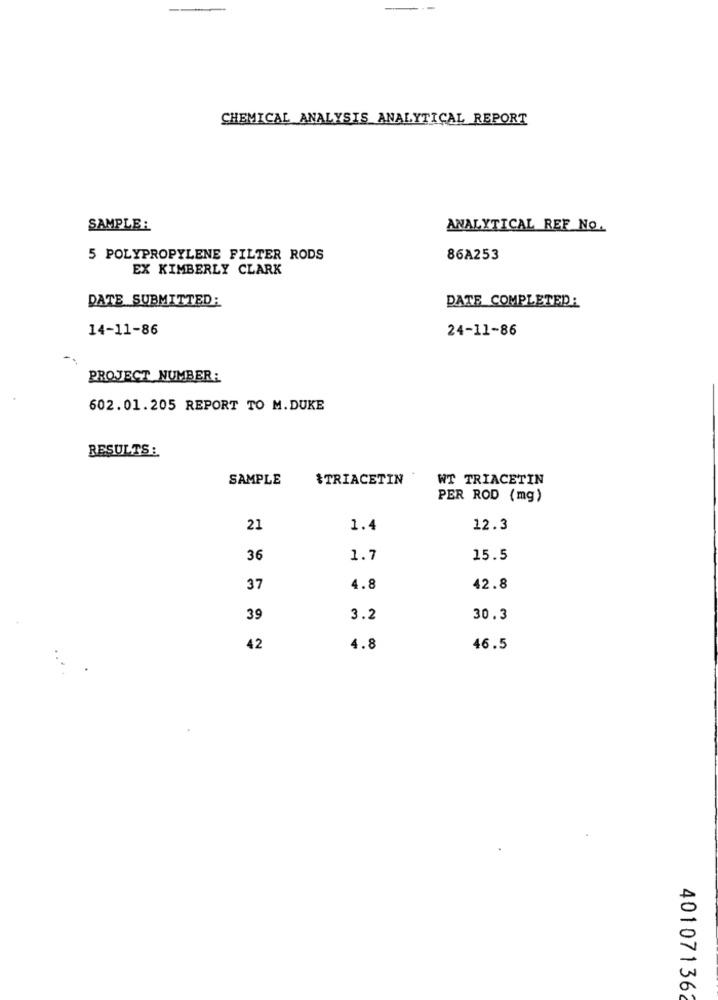
CHEMICAL ANALYSIS ANALYTICAL REPORT
SAMPLE:
ANALYTICAL REF NO.
5 POLYPROPYLENE FILTER RODS
86A253
EX KIMBERLY CLARK
DATE SUBMITTED:
DATE COMPLETED:
14-11-86
24-11-86
PROJECT NUMBER:
602.01.205 REPORT TO M.DUKE
RESULTS :
SAMPLE
&TRIACETIN
WT TRIACETIN
PER ROD (mg)
21
1.4
12.3
36
1.7
15.5
37
4.8
42.8
39
3.2
30.3
42
4.8
46.5
401071362